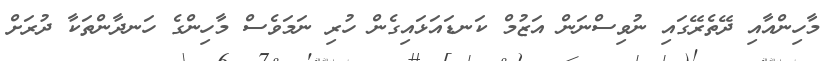
މާހިންއާއި ދޭތެރޭގައި ނުވިސްނަން އަޒުމް ކަނޑައަޅައިގެން ހުރި ނަމަވެސް މާހިންގެ ހަނދާންތަކާ ދުރަށް